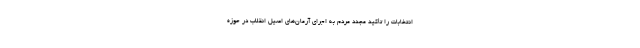
انتخابات را تأکید مجدد مردم به اجرای آرمان‌های اصیل انقلاب در حوزه